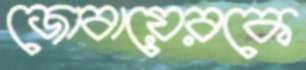
জোবায়েরকে